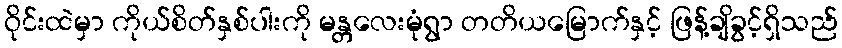
ဝိုင်းထဲမှာ ကိုယ်စိတ်နှစ်ပါးကို မန္တလေးမုံရွာ တတိယမြောက်နှင့် ဖြန့်ချိခွင့်ရှိသည်